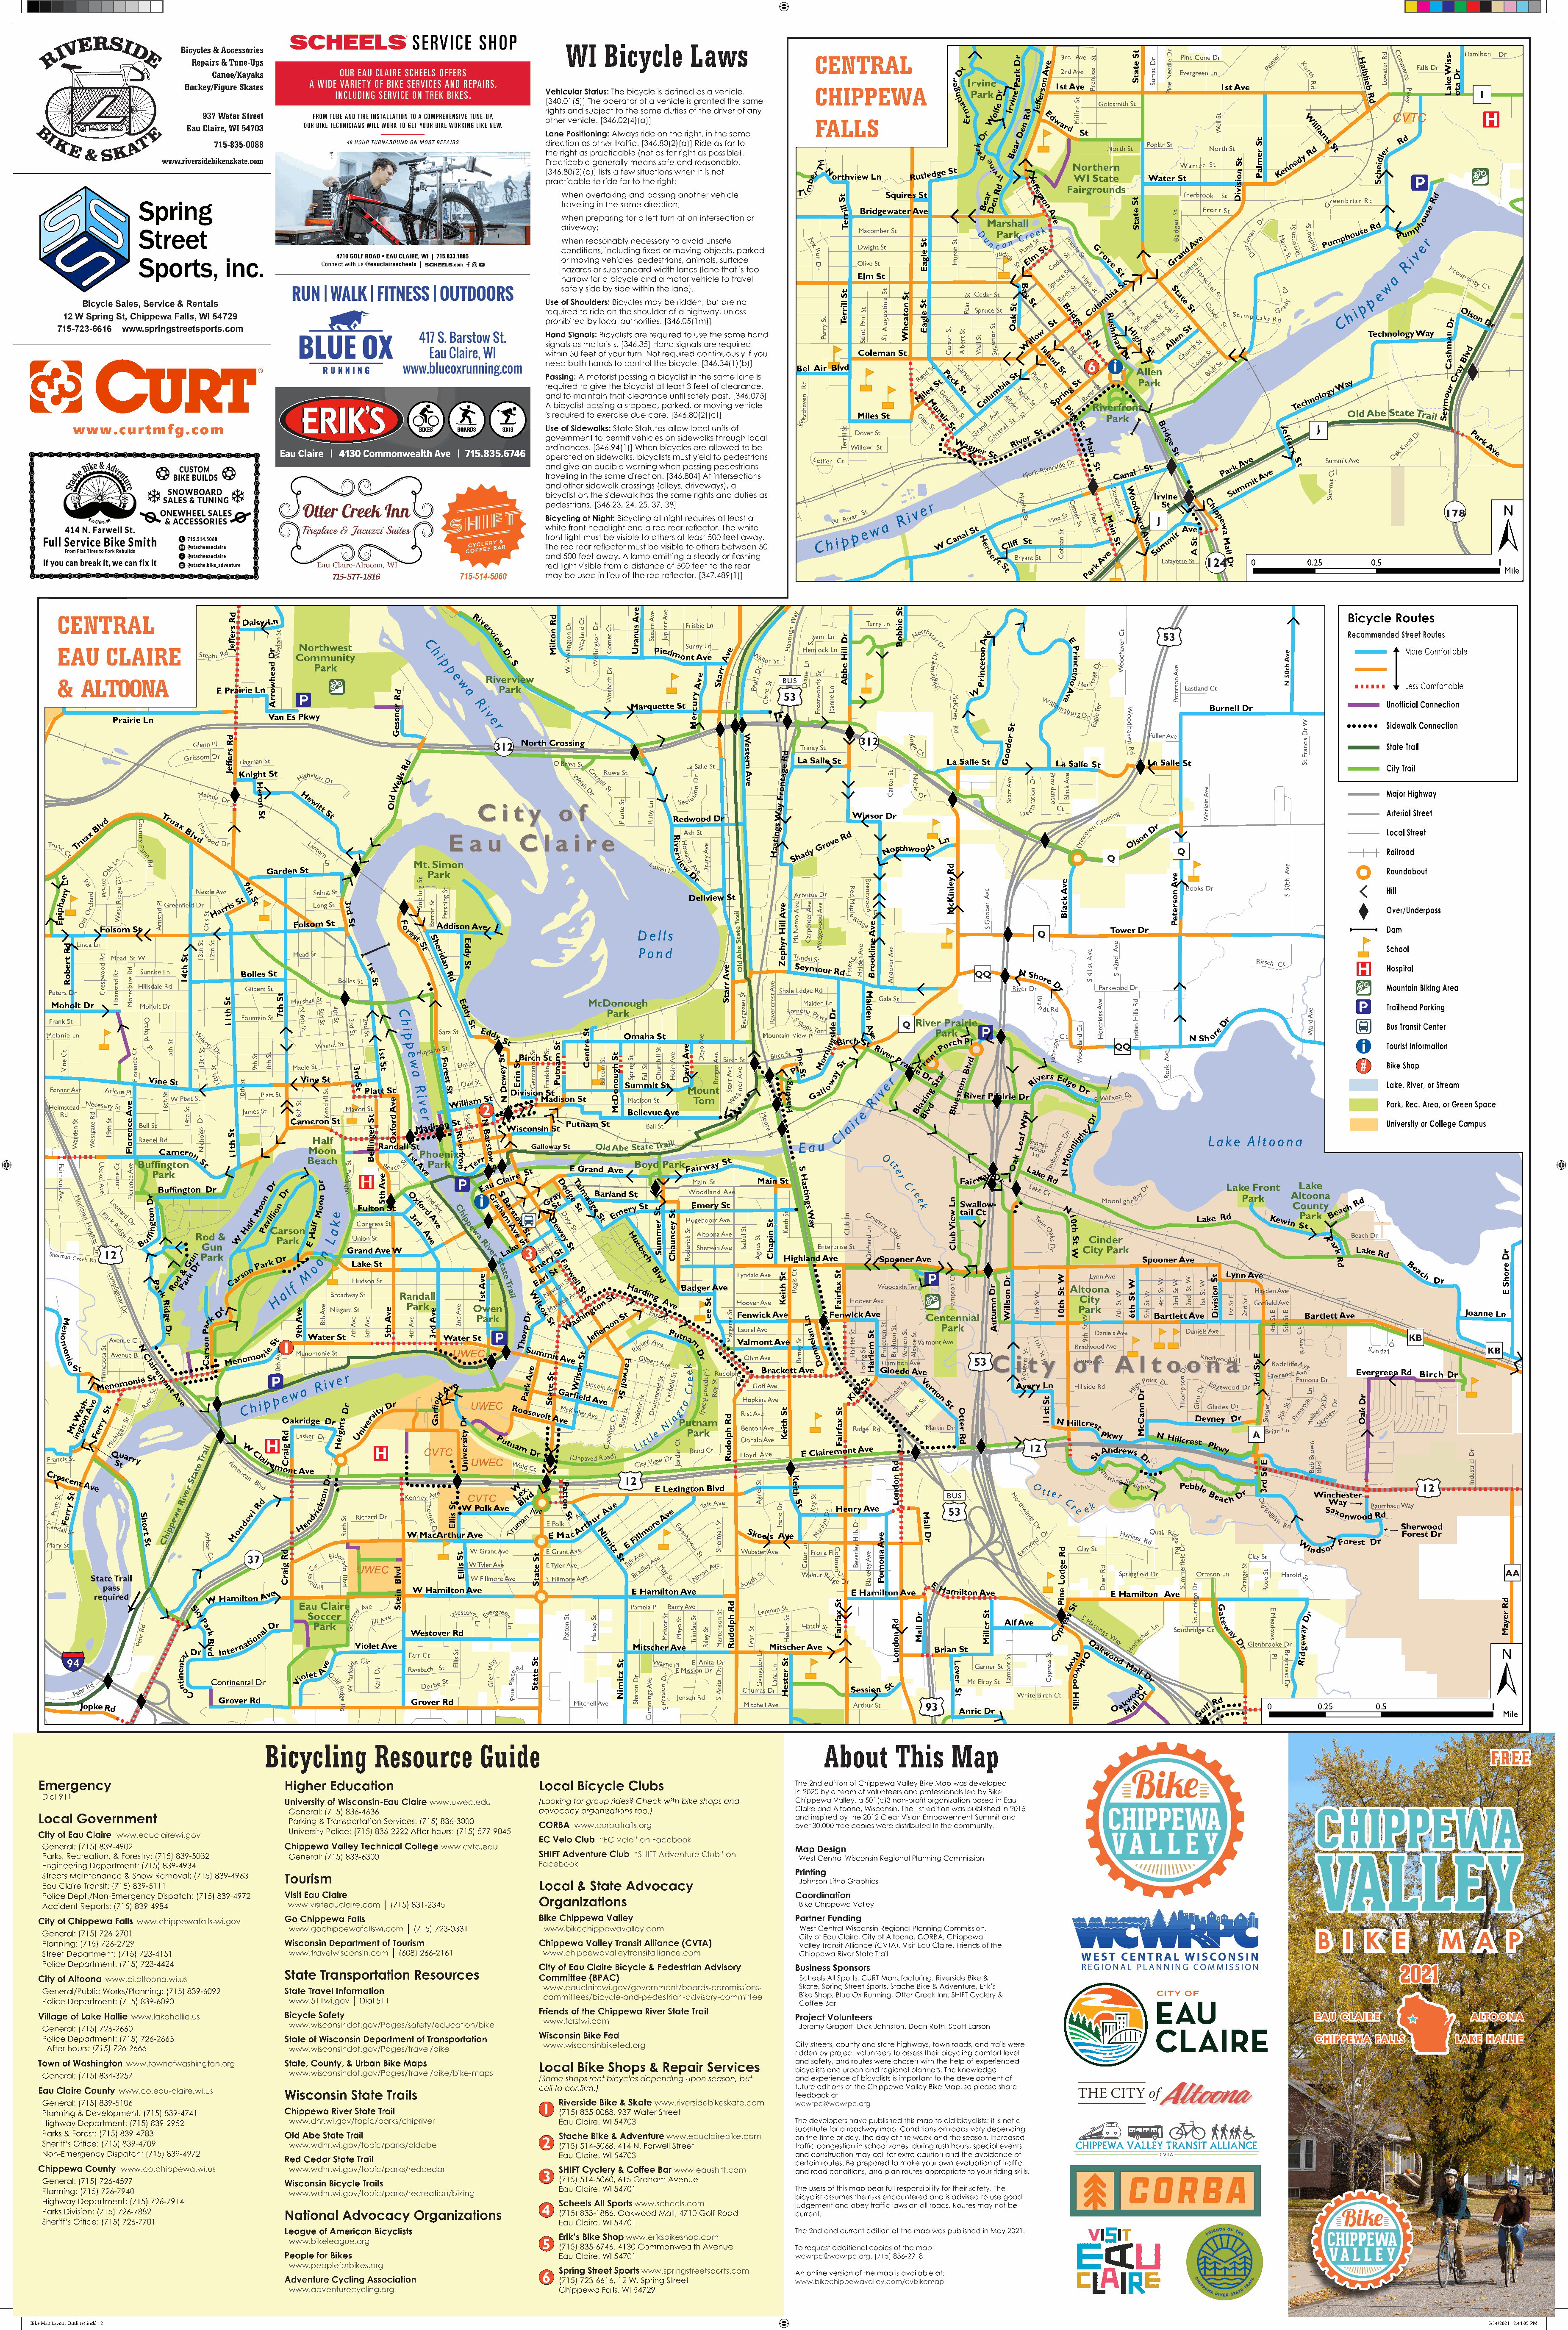
H
 Bicycle Sales, Service & Rentals
 12 W Spring St, Chippewa Falls, WI 54729
 715-723-6616 www.springstreetsports.com
 715-577-1816
 H
 H
 ¬¬
 1
 ¬¬
 2
 ¬¬
 3
 ¬¬
 4
 ¬¬
 5
 ¬¬
 6
 BBiikkee MMaapp LLaayyoouutt OOuuttlliinneess..iinndddd 22                                                                                                                                                                          55//1144//22002211 22::4444::0055 PPMM